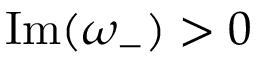
\operatorname { I m } ( \omega _ { - } ) > 0